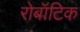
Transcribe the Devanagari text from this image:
रोबॉटिक